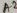
Text: A2